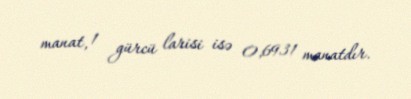
manat, 1 gürcü larisi isə 0,6931 manatdır.